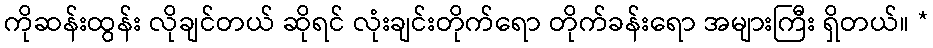
ကိုဆန်းထွန်း လိုချင်တယ် ဆိုရင် လုံးချင်းတိုက်ရော တိုက်ခန်းရော အများကြီး ရှိတယ်။ *